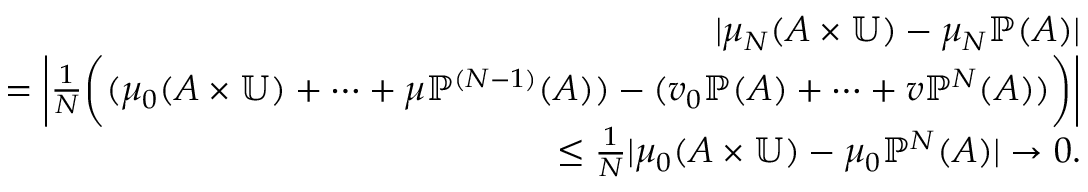
\begin{array} { r l r } & { } & { | \mu _ { N } ( A \times \mathbb { U } ) - \mu _ { N } \mathbb { P } ( A ) | } \\ & { } & { = \bigg | { \frac { 1 } { N } } \bigg ( ( \mu _ { 0 } ( A \times \mathbb { U } ) + \cdots + \mu \mathbb { P } ^ { ( N - 1 ) } ( A ) ) - ( v _ { 0 } \mathbb { P } ( A ) + \cdots + v \mathbb { P } ^ { N } ( A ) ) \bigg ) \bigg | } \\ & { } & { \leq { \frac { 1 } { N } } | \mu _ { 0 } ( A \times \mathbb { U } ) - \mu _ { 0 } \mathbb { P } ^ { N } ( A ) | \to 0 . } \end{array}